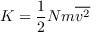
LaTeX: K = { \frac { 1 } { 2 } } N m { \overline { { v ^ { 2 } } } }